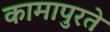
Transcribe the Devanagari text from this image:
कामापुरते